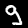
Label: 9